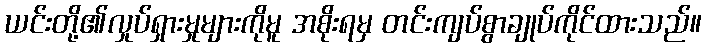
ယင်းတို့၏လှုပ်ရှားမှုများကိုမူ အစိုးရမှ တင်းကျပ်စွာချုပ်ကိုင်ထားသည်။